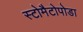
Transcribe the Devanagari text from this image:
स्टोमैटोपोडा